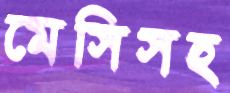
মেসিসহ